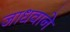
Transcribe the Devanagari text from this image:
जाधवाने